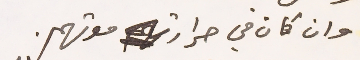
وان كان في حرارتها موتهم.